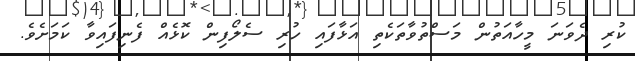
ކުރި ދެވަނަ މީހާއަތުން މަސްތުވާތަކެތި އަޅާފައި ހުރި ސެލޯފިން ކޮޅެއް ފެނިފައިވާ ކަމަށެވެ.